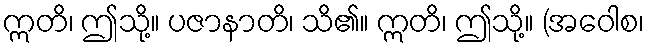
ဣတိ၊ ဤသို့။ ပဇာနာတိ၊ သိ၏။ ဣတိ၊ ဤသို့။ (အဝေါစ၊